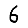
Digit: 6